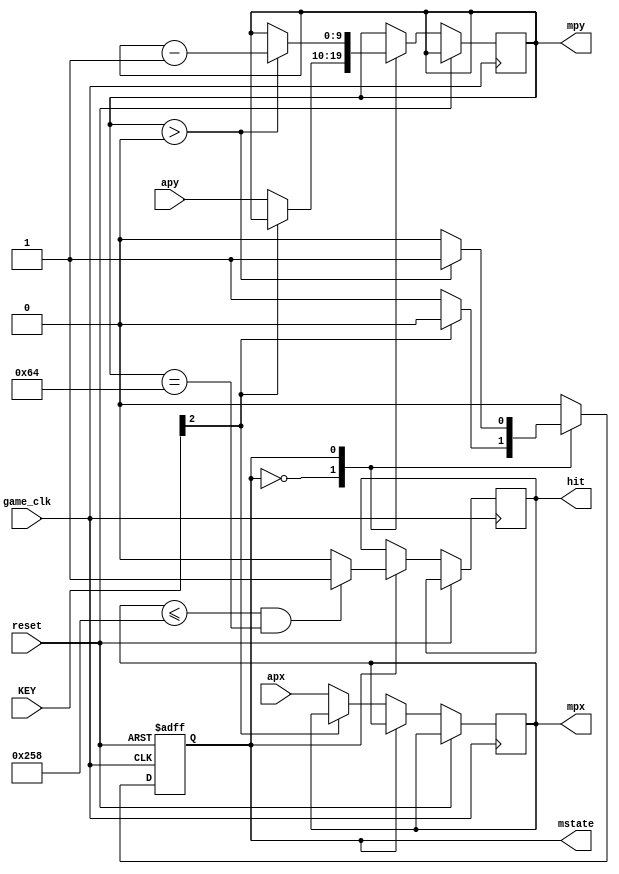
module missile_pos (game_clk, reset, KEY, apx, apy, mpx, mpy, hit, mstate);
	input game_clk, reset;
	input [2:0] KEY;
	input [9:0] apx, apy;
	output reg [9:0] mpy, mpx;
	output reg hit;
	parameter block_size = 100;
	parameter S0 = 0, S1 = 1;
	output reg mstate;

	always @(posedge game_clk or posedge reset) begin
		if (reset) begin mstate <= S0; end
		else begin
			case(mstate)
			S0: if(~KEY[2]) begin mstate <= S1;  mpx <= apx; mpy <= apy; end
			S1: begin
				if (mpx <= 600 && mpy == block_size) hit <= 1;
				else hit <= 0;
				if (mpy > 0) mpy <= mpy - 1;
				else mstate <= S0;
			end
			default : mstate <= S0;
			endcase
		end
	end
endmodule